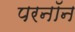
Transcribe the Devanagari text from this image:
परनॉन